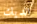
الديك